King Institute of Preventive Medicine Micro-Biological Section reports 1909-11
Year: 1909
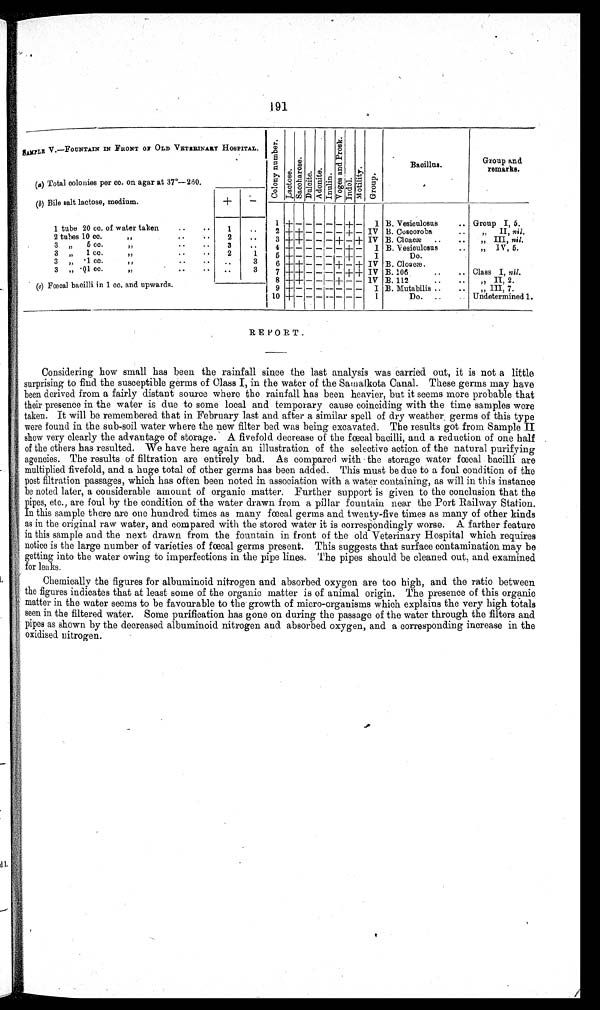
191
SAMPLE V.—FOUNTAIN IN FRONT 0F OLD VETERINARY HOSPITAL.
C o l o n y n u m b e r .
Lact ose.
S a c c h a r o s e .
D u l c i t e .
A d o n i t e . I n u l i n .
V o g a s a n d P r o s k .
I n d o l .
M o t i l i t y .
G r o u p .
Bacillus.
Group and
remarks.
(a ) Total colonies per cc. on agar at 37º-260.
(b) Bile salt lactose, medium.
+
-
1 tube 20 cc. of water taken
..
. .
1
..
1 +
- - - - - + - I B. Vesiculosus
.. Group I, 5.
2 + + - - - - + - IV B. Coscoroba
..
„
II, nil.
2 tubes 10 cc.
..
..
2
..
3 + + - - - + - + IV B. Cloacæ..
..
„ III, nil.
3
5 cc.
. .
3
. .
4 + - - - - - + — I B. V esiculosus
...
„ 1V,, 5.
3
1 cc.
.. .. ..
2
1
5 + - - - - - + - I
Do.
3
• 1 cc.
.. ...
. .
3
6 + + - - - + - + IV B . C l o a c æ
3
• 01 cc.
..
..
. .
3 7 + + - - - - + + IV B. 106
..
.. Class I, nil.
(a) Fœcal bacilli in 1 cc. and upwards.
8 + + - - - + - - 1V B. 112
..
.. „ II, 2.
9 + - - - - - - - I B. Mutabilis ..
..
„ III, 7.
10 + - - - - - - - I
Do. ..
.. Undetermined 1.
REPORT.
C Considering how small has been the rainfall since the last analysis was carried out, it is not a little
surprising to find the susceptible germs of Class I, in the water of the Samalkota Canal. These germs may have
been derived from a fairly distant source where the rainfall has been heavier, but it seems more probable that
their presence in the water is due to some local and temporary cause coinciding with the time samples were
taken. It will be remembered that in February last and after a similar spell of dry weather. germs of this type
were found in the sub-soil water where the new filter bed was being excavated. The results got from Sample II
show very clearly the advantage of storage. A fivefold decrease of the fœcal bacilli, and a reduction of one half
of the others has resulted. We have here again an illustration of the selective action of the natural purifying
agencies. The results of filtration are entirely bad. As compared with the storage water fœcal bacilli are
multiplied fivefold, and a huge total of other germs has been added. This must be due to a foul condition of the
post filtration passages, which has often been noted in association with a water containing, as will in this instance
be noted later, a considerable amount of organic matter. Further support is given to the conclusion that the
pipes, etc., are foul by the condition of the water drawn from a pillar fountain near the Port Railway Station.
In this sample there are one hundred times as many fœcal germs and twenty-five times as many of other kinds
as in the original raw water, and compared with the stored water it is correspondingly worse. A farther feature
in this sample and the next drawn from the fountain in front of the old Veterinary Hospital which requires
notice is the large number of varieties of fœcal germs present. This suggests that surface contamination may be
getting into the water owing to imperfections in the pipe lines. The pipes should be cleaned out, and examined
for leaks.
Chemically the figures for albuminoid nitrogen and absorbed oxygen are too high, and the ratio between
the figures indicates that at least some of the organic matter is of animal origin. The presence of this organic
matter in the water seems to be favourable to the growth of micro-organisms which explains the very high totals
seen in the filtered water. Some purification has gone on during the passage of the water through the filters and
pipes as shown by the decreased albuminoid nitrogen and absorbed oxygen, and a corresponding increase in the
oxidised nitrogen.